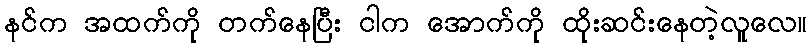
နင်က အထက်ကို တက်နေပြီး ငါက အောက်ကို ထိုးဆင်းနေတဲ့လူလေ။